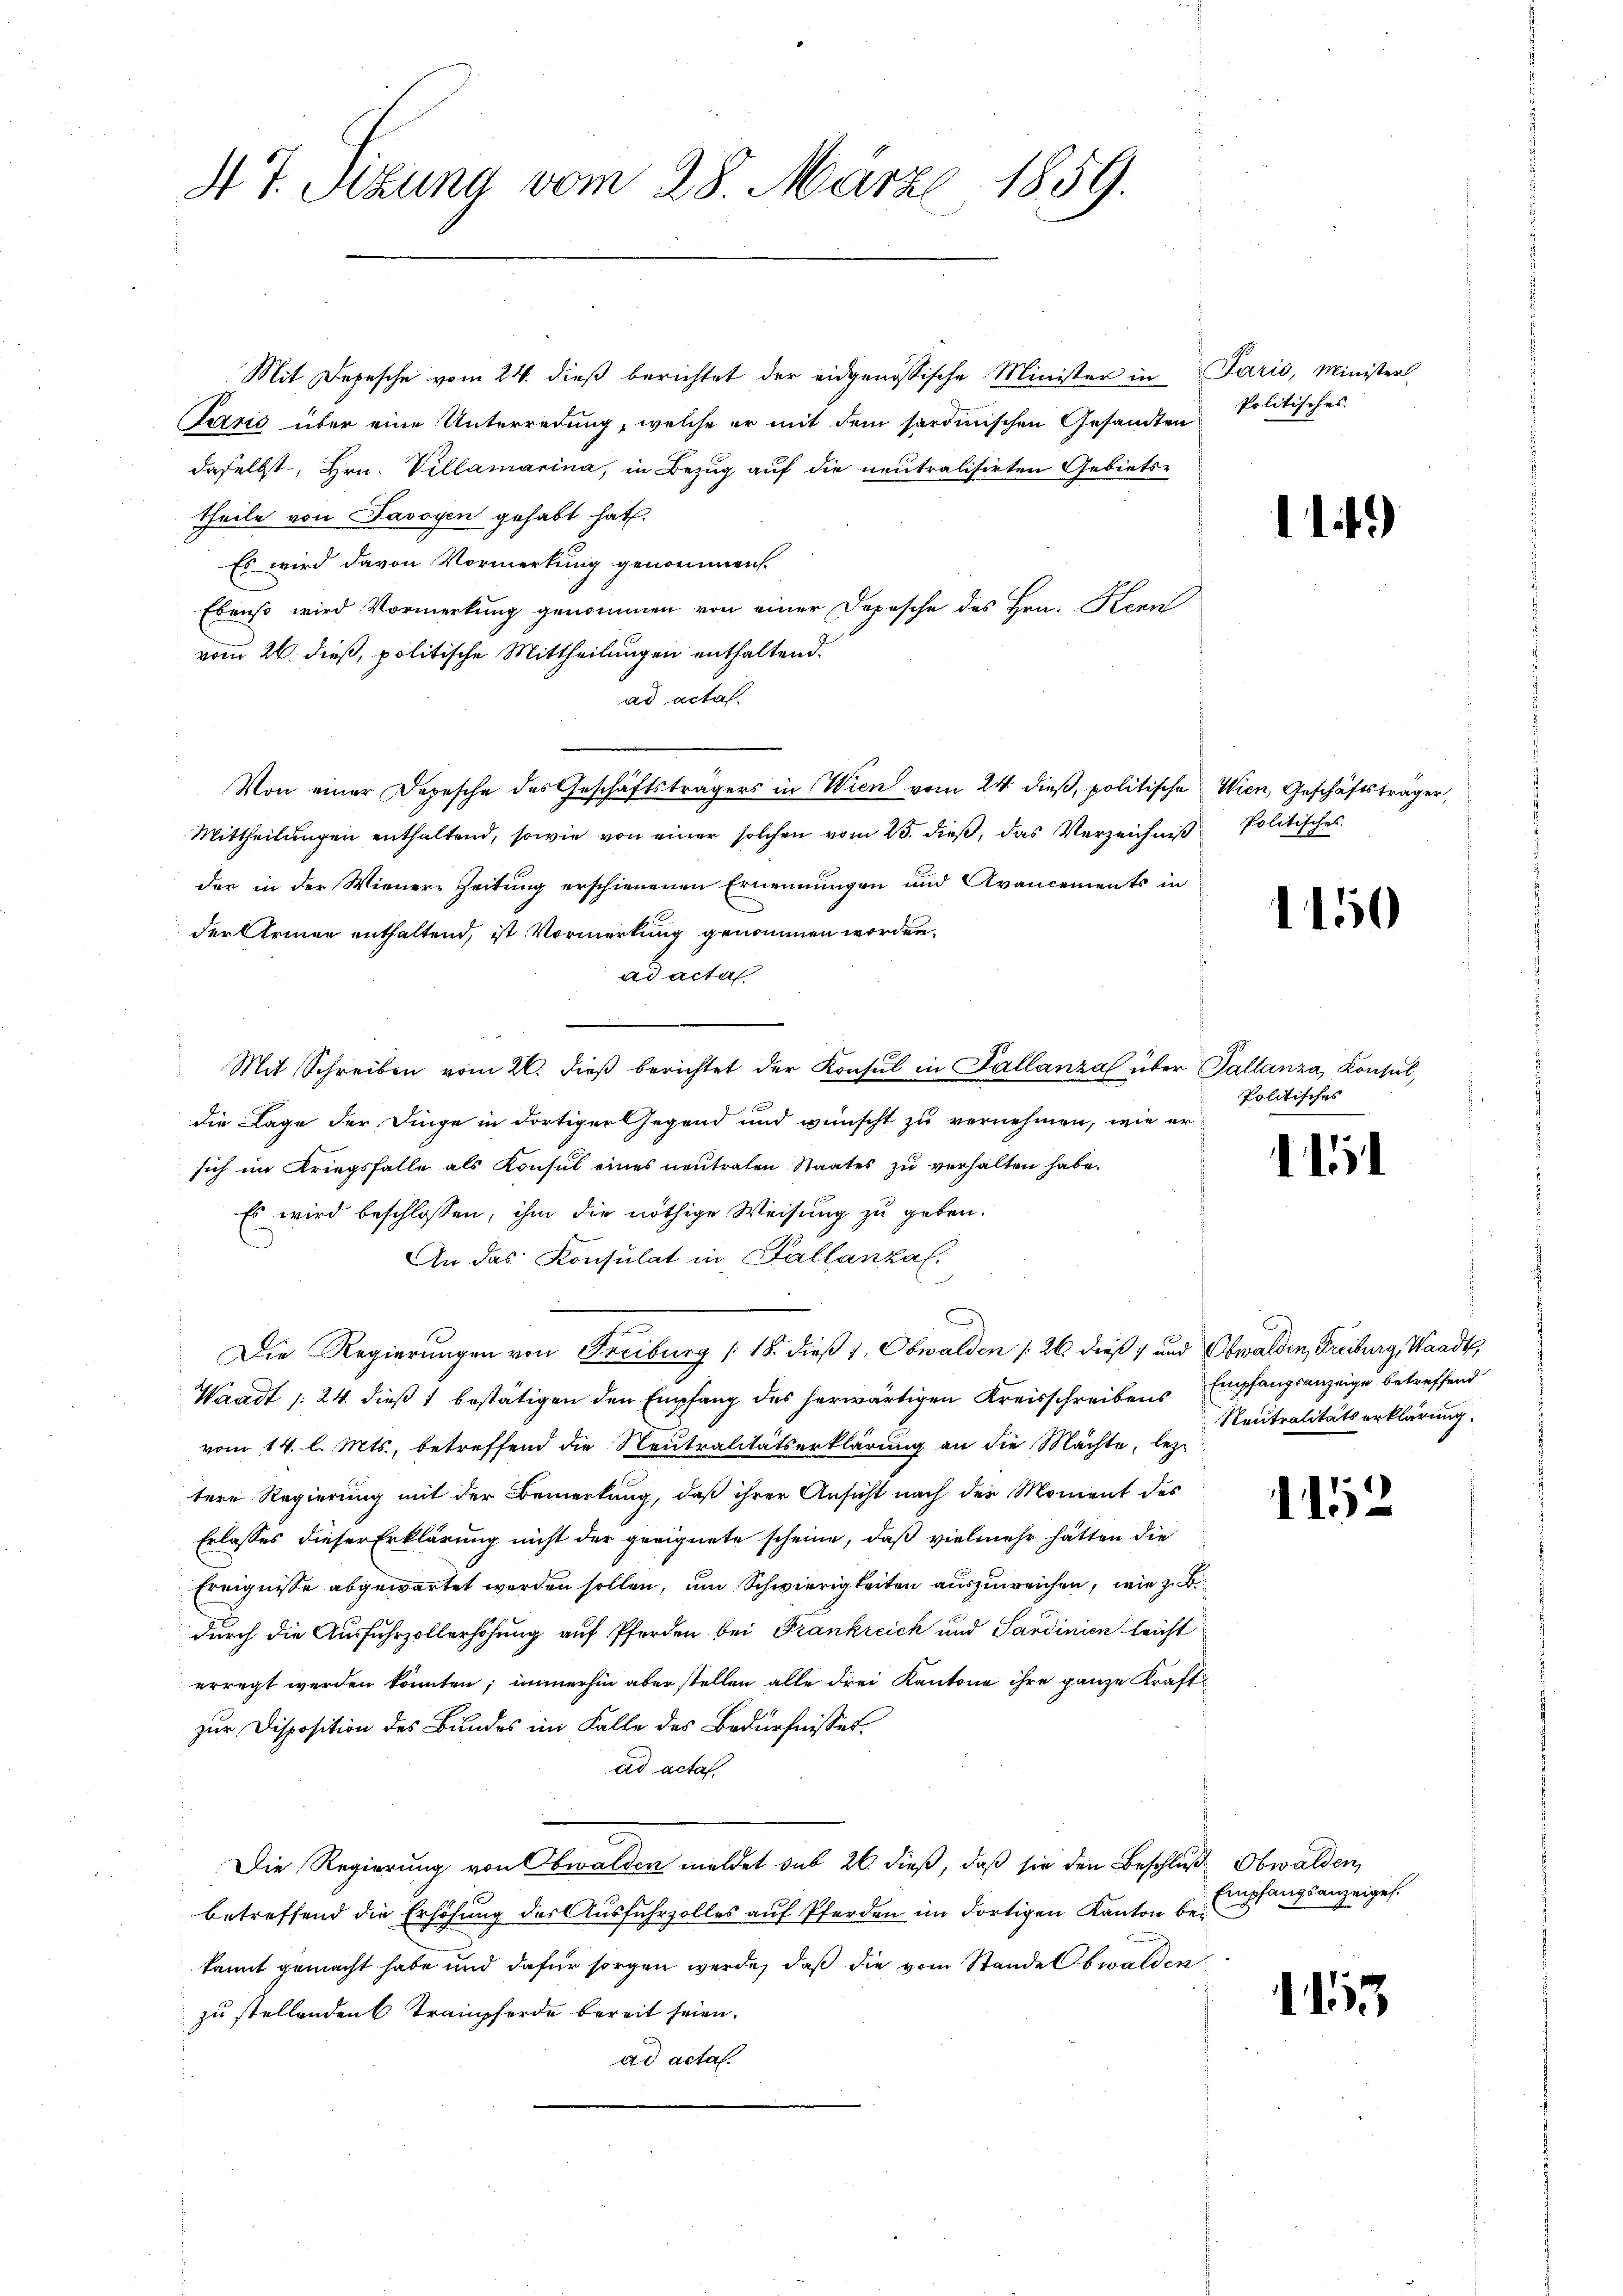
4 J. Sitzung vom 28. März 1859.

Mit Depesche vom 24. dieß berichtet der eidgenössische Minister in Paris, Minister,
arić über eine Unterredung, welche er mit dem sardinischen Gesandten Politisches
daselbst, Hrn. Villamarina, in Bezug auf die neutralisirten Gebiets-
theile von Javoyen gehabt hat.
Es wird davon Vormerkung genommen.
Ebenso wird Vormerkung genommen von einer Depesche des Hrn. Kern
vom 26. dieß, politische Mittheilungen enthaltend.
ad acta
Von einer Depesche des Geschäftsträgers in Wien vom 24. dieβ, politische Wien, Geschäftsträger,
Mittheilŭngen enthaltend, sowie von einer solchen vom 25. dieβ, das Verzeichnis Politisches
der in der Wiener-Zeitung erschienenen Ernennungen und Avancements in
der Armen enthaltend, ist Vormerkung genommen werden.
ad acta
Mit Schreiben vom 26. dieβ berichtet der Konsul in Pallanzal über Pallanza, Konsul,
die Lage der Dinge in dortiger Gegend und wünscht zu vernehmen, wie er
sich im Kriegsfalle als Konsul eines neutralen Staates zu verhalten habe.
Es wird beschlossen, ihm die nöthige Weisung zu geben.
An das Konsulat in Kallanzal:
Die Regierungen von Freiburg (18. dieß 1, Obwalden 26. dieß) und Obwalden, Freiburg, Waadt,
Waadt § 24. dieß 1 bestätigen den Empfang des herwärtigen Kreisschreibens Empfangsanzeige betreffend
vom 14. l. Mts., betreffend die Neutralitätserklärung an die Mächte, lez-
tere Regierung mit der Bemerkung, daß ihrer Ansicht nach der Moment des
Erlasses dieser Erklärung nicht der geeignete scheine, daß vielmehr hätten die
Ereignisse abgewartet werden sollen, um Schwierigkeiten auszuweichen, wie zu be
durch die Ausfuhrzollerhöhung auf Pferden bei Frankreich und Sardinien leicht
erregt werden konnten; immerhin aber stellen alle drei Kantone ihre ganze Kraft
zur Disposition des Bundes im Falle des Bedürfnisses.
ad acta.
Die Regierung von Obwalden meldet das 26 dieß, daß sie den Beschluß Obwalden,
betreffend die Erhöhung der Ausfuhrzolles auf Pferden im dortigen Kanton bei
kannt gemacht habe und dafür sorgen werde, daß die vom Stande Obwalden
zu stellenden 6 Trampferde bereit seien.
ad acta.

114)

150

Politisches

1

Neutralitätserklärung

112

Empfangsanzeigel.

15